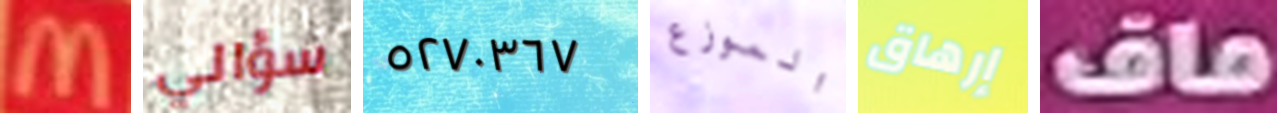
M سؤالي ٥٢٧٠٣٦٧ الموزع إرهاق ماف